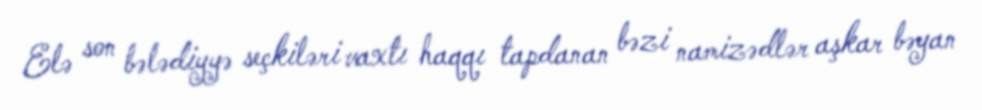
Elə son bələdiyyə seçkiləri vaxtı haqqı tapdanan bəzi namizədlər aşkar bəyan